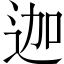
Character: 迦